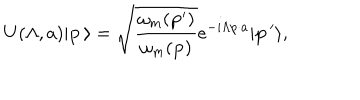
LaTeX: U ( \Lambda , a ) \vert { \bf p } \, \rangle = \sqrt { { \frac { \omega _ { m } ( { \bf p } ^ { \prime } ) } { \omega _ { m } ( { \bf p } ) } } } e ^ { - i \Lambda p \cdot a } \vert { \bf p } \, ^ { \prime } \rangle ,